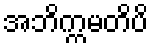
အဘိက္ကမတိပိ